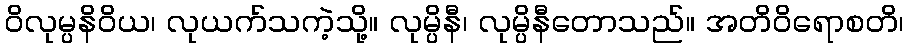
ဝိလုမ္ပနိဝိယ၊ လုယက်သကဲ့သို့။ လုမ္ပိနီ၊ လုမ္ပိနီတောသည်။ အတိဝိရောစတိ၊